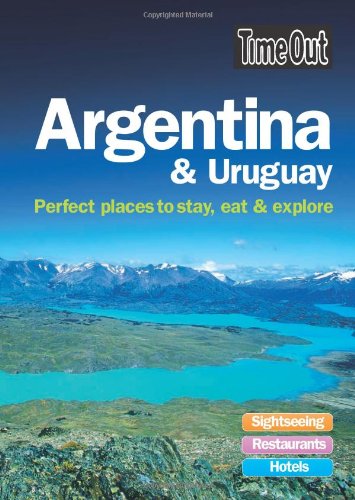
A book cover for Time Out Argentina and Uruguay: Perfect Places to Stay, Eat and Explore; Travel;